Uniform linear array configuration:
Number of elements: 4
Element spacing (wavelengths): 1
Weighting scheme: exponential
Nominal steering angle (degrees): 15
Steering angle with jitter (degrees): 14.257
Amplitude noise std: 0.05
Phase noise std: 0.05

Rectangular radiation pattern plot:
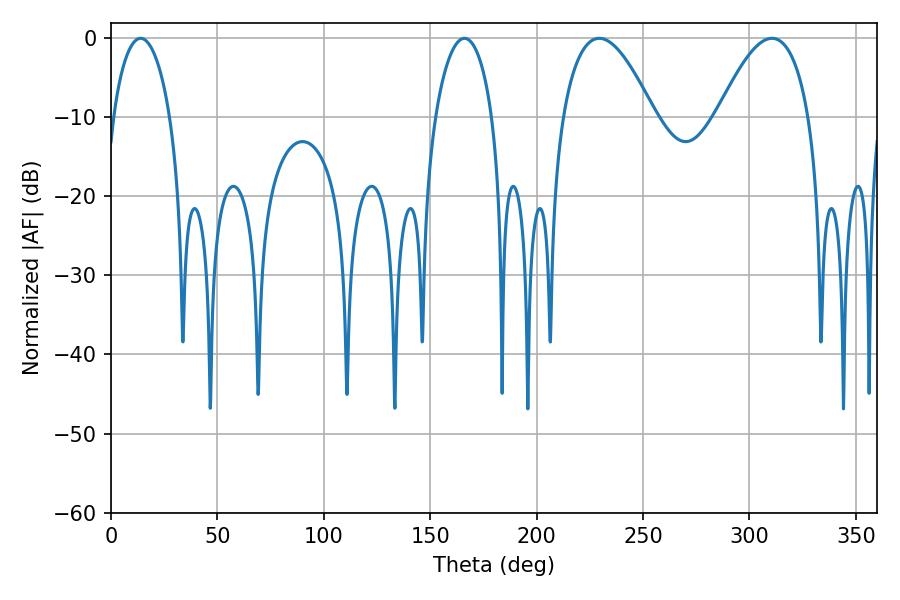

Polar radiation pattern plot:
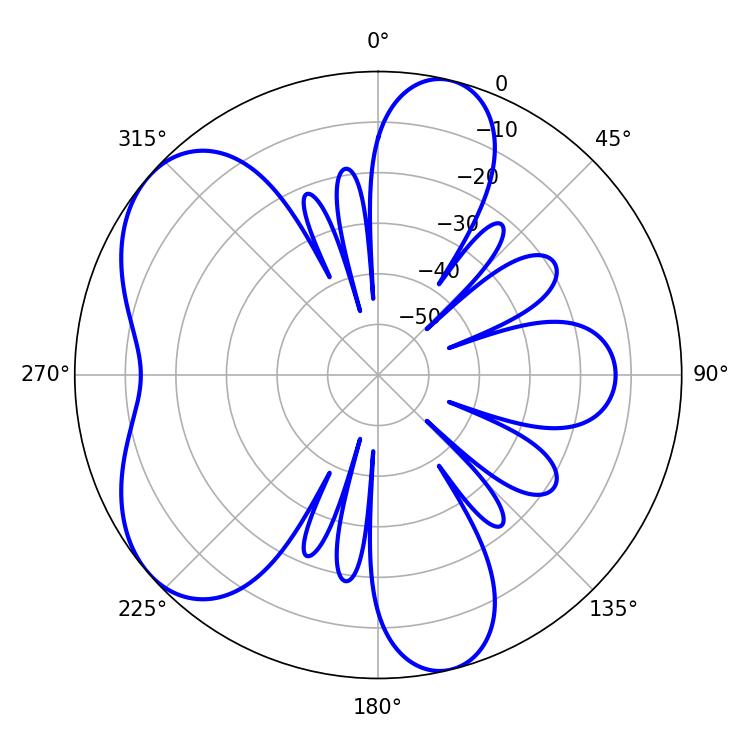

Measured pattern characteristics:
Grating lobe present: TRUE
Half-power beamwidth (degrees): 23.58
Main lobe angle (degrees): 310.5